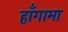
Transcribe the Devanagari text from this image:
हाँगामा